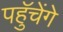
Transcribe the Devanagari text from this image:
पहुॅचेंगे